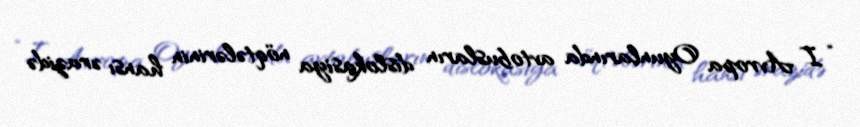
“I Avropa Oyunlarında avtobusların dislokasiya nöqtələrinin hansı ərazidə